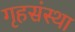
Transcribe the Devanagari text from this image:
गृहसंस्था